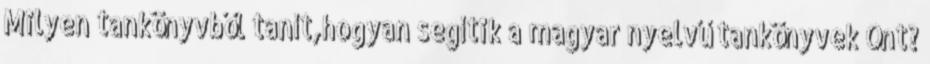
Milyen tankönyvből tanít,hogyan segítik a magyar nyelvű tankönyvek Önt?